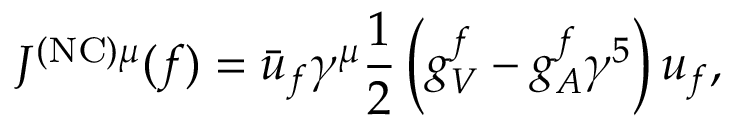
J ^ { \mathrm { ( N C ) } \mu } ( f ) = { \bar { u } } _ { f } \gamma ^ { \mu } { \frac { 1 } { 2 } } \left( g _ { V } ^ { f } - g _ { A } ^ { f } \gamma ^ { 5 } \right) u _ { f } ,